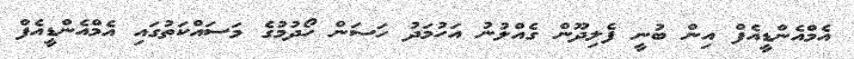
އެމްއެންޑީއެފް އިން ބުނީ ފެލިދޫން ގެއްލުނު އަހުމަދު ހަސަން ހޯދުމުގެ މަސައްކަތުގައި އެމްއެންޑީއެފް